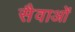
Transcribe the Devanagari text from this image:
सैवाओं